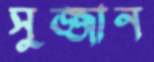
সুজ্জান